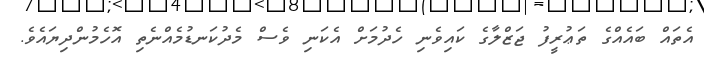
އެތައް ބައެއްގެ ތަޢުރީފު ޖަޒްލާގެ ކައިވެނި ހެދުމަށް އެކަނި ވެސް މެދުކަނޑުމެއްނެތި އޮހެމުންދިޔައެވެ.